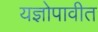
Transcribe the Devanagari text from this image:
यज्ञोपावीत